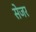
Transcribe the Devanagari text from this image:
सेजर